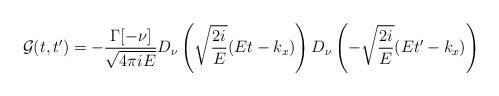
LaTeX: \begin{align*}{\cal{G}}(t,t')=-{\Gamma[-\nu] \over \sqrt{4 \pi iE}} D_\nu \left( \sqrt{ 2i \over E} (Et-k_x)\right) D_\nu \left(- \sqrt{2i \over E} (Et'-k_x) \right)\end{align*}